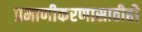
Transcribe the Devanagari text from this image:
प्रमाणीकरणासाठीही